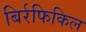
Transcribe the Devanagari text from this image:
बिर्रफिकिल